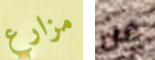
مزارع عن